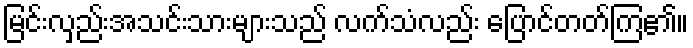
မြင်းလှည်းအသင်းသားများသည် လက်သံလည်း ပြောင်တတ်ကြ၏။